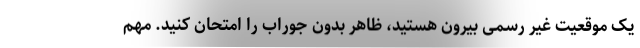
یک موقعیت غیر رسمی بیرون هستید، ظاهر بدون جوراب را امتحان کنید. مهم